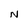
Character: N